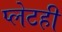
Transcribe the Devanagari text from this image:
प्लेटही